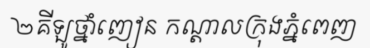
២គីឡូថ្នាំញៀន កណ្តាលក្រុងភ្នំពេញ